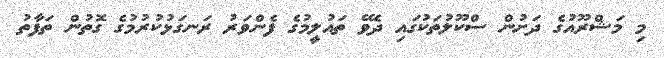
މި މަޝްރޫއުގެ ދަށުން ސްކޫލުތަކުގައި ދެވޭ ތައުލީމުގެ ފެންވަރު ރަނގަޅުކުރުމުގެ ގޮތުން ތަފާތު